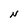
Character: N